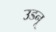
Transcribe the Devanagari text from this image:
उडनू